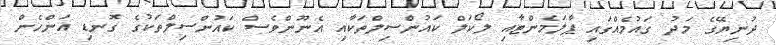
ދުނިޔޭގެ މަދު ގައުމެއްގައި ޕާލަމެންޓާއި ލޯކަލް ކައުންސިލްތަކާއި އެނޫންވެސް ކައުންސިލްތަކުގެ ގޮނޑި އަންހެން